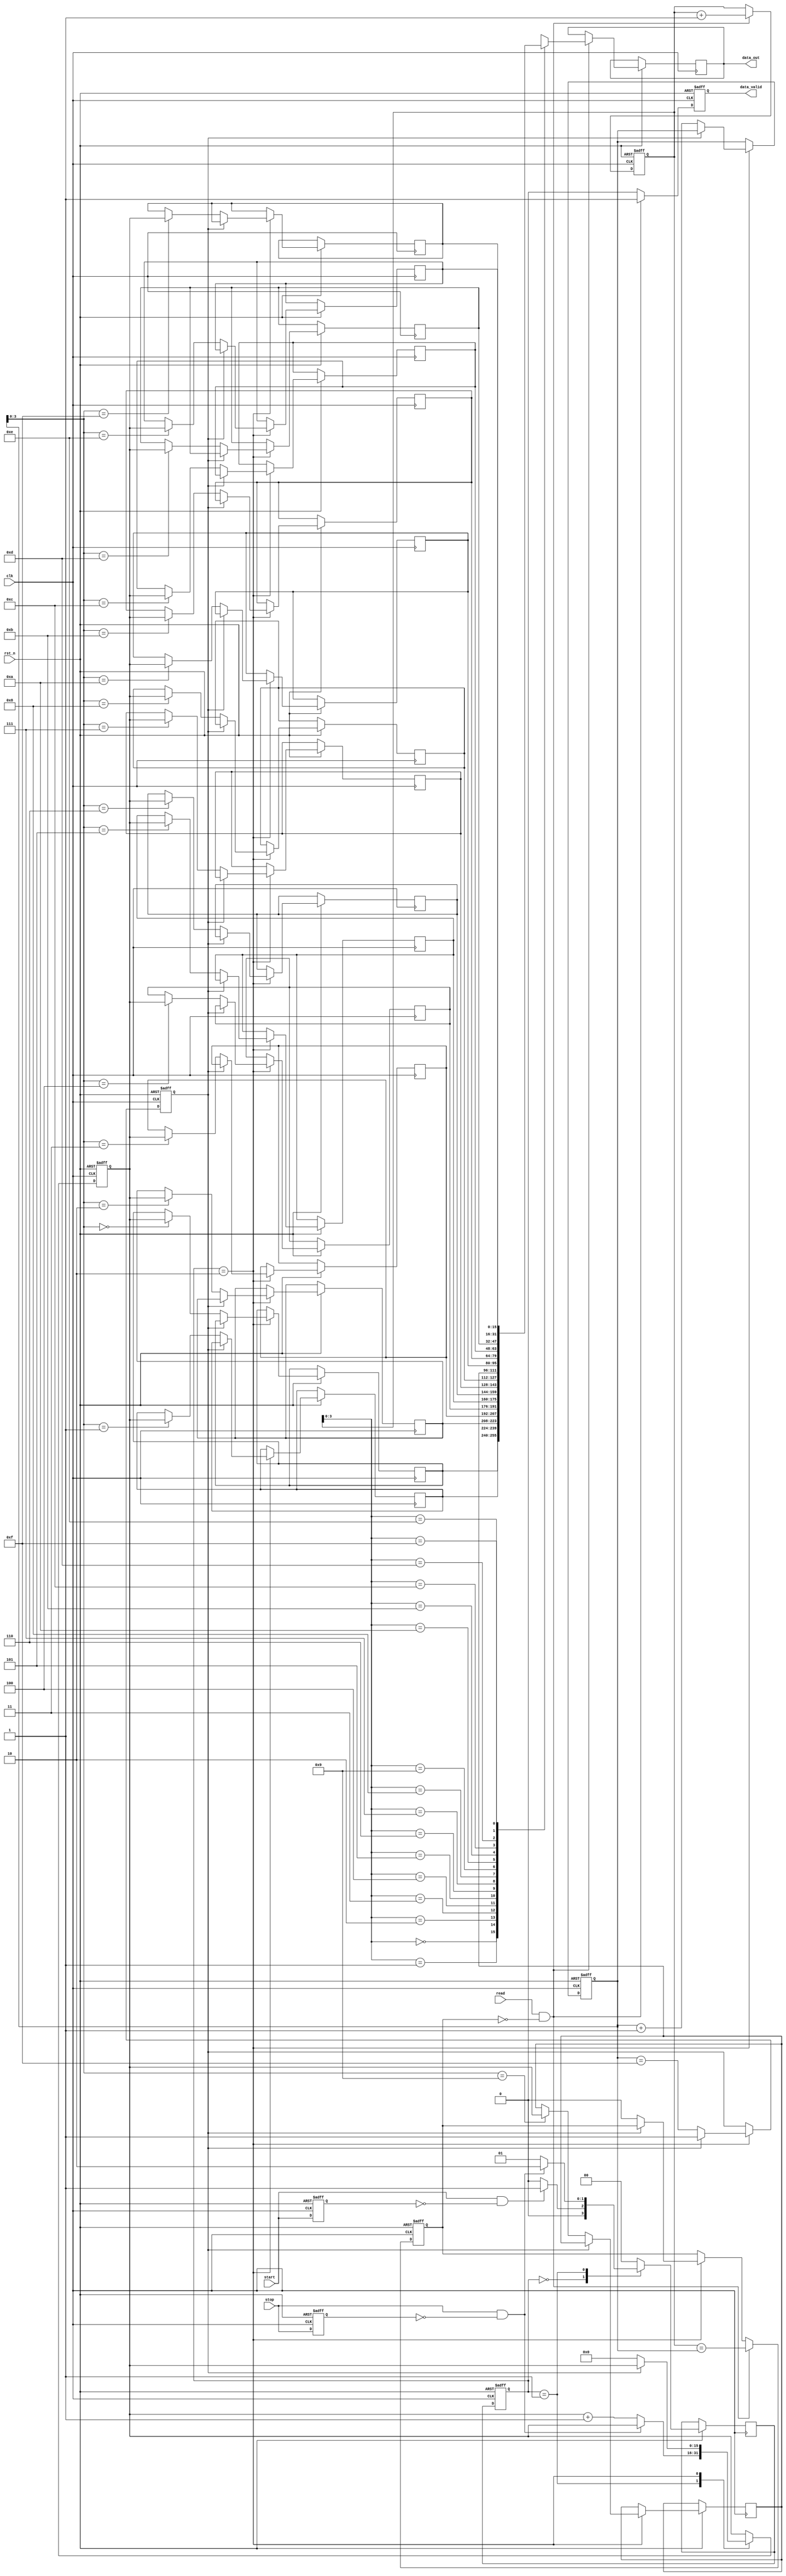
module TDC (
    input wire clk,            // High-frequency clock
    input wire rst_n,         // Active-low reset
    input wire start,         // Start pulse
    input wire stop,          // Stop pulse
    output reg [15:0] data_out,// Output for the measured time interval
    output reg data_valid,     // Data valid signal
    input wire read           // Read signal for data output
);

// State definitions
parameter IDLE = 2'b00;
parameter MEASURING = 2'b01;
parameter STORE = 2'b10;

// FIFO memory parameters
parameter FIFO_DEPTH = 16;
reg [15:0] fifo_mem[FIFO_DEPTH-1:0];
reg [$clog2(FIFO_DEPTH):0] fifo_write_pointer;
reg [$clog2(FIFO_DEPTH):0] fifo_read_pointer;
reg fifo_full;
reg fifo_empty;

// Counter
reg [15:0] counter;
reg measuring;

// Current state register
reg [1:0] state;
reg [1:0] next_state;

// Signal conditioning for START pulse
wire start_edge, stop_edge;
reg start_dly, stop_dly;

always @(posedge clk or negedge rst_n) begin
    if (!rst_n) begin
        start_dly <= 1'b0;
        stop_dly <= 1'b0;
    end else begin
        start_dly <= start;
        stop_dly <= stop;
    end
end

assign start_edge = start & ~start_dly;
assign stop_edge = stop & ~stop_dly;

// FSM for measuring and storing data
always @(posedge clk or negedge rst_n) begin
    if (!rst_n) begin
        state <= IDLE;
        counter <= 16'b0;
        data_valid <= 1'b0;
        fifo_write_pointer <= 0;
        fifo_read_pointer <= 0;
        fifo_full <= 1'b0;
        fifo_empty <= 1'b1;
    end else begin
        case (state)
            IDLE: begin
                if (start_edge)
                    next_state <= MEASURING;
                else
                    next_state <= IDLE;
            end
            
            MEASURING: begin
                if (stop_edge) begin
                    next_state <= STORE;
                end else begin
                    counter <= counter + 1;
                    next_state <= MEASURING;
                end
            end
            
            STORE: begin
                if (!fifo_full) begin
                    fifo_mem[fifo_write_pointer] <= counter;
                    fifo_write_pointer <= fifo_write_pointer + 1;
                    fifo_full <= (fifo_write_pointer == FIFO_DEPTH - 1);
                    fifo_empty <= 1'b0;
                    data_valid <= 1'b1; // Indicate data is available
                    counter <= 16'b0; // Reset counter for the next measurement
                end
                next_state <= IDLE;
            end
            
            default: next_state <= IDLE;
        endcase
        
        state <= next_state;
        
        // Read logic for data output
        if (read && !fifo_empty) begin
            data_out <= fifo_mem[fifo_read_pointer];
            fifo_read_pointer <= fifo_read_pointer + 1;
            fifo_empty <= (fifo_read_pointer == fifo_write_pointer);
            data_valid <= 1'b1;
        end else begin
            data_valid <= 1'b0; // Reset data valid if not reading
        end
    end
end

endmodule